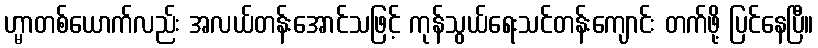
ဟ္မာတစ်ယောက်လည်း အလယ်တန်းအောင်သဖြင့် ကုန်သွယ်ရေးသင်တန်းကျောင်း တက်ဖို့ ပြင်နေပြီ။